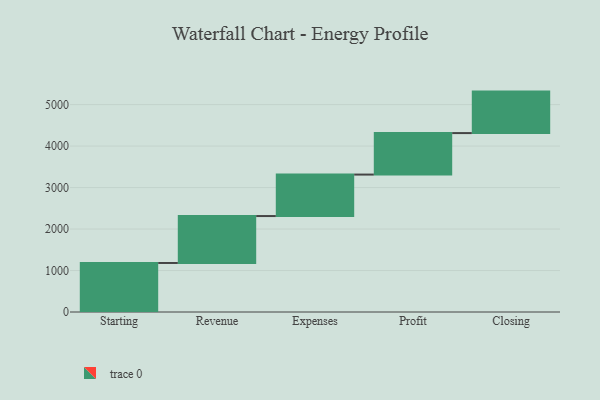
{"axis": {"x": "Step", "y": "Value"}, "legend": [""], "data": [{"x": "Starting", "y": 1182.0, "type": ""}, {"x": "Revenue", "y": 1131.0, "type": ""}, {"x": "Expenses", "y": 1000, "type": ""}, {"x": "Profit", "y": 1000, "type": ""}, {"x": "Closing", "y": 1000, "type": ""}]}